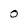
Character: 0